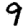
Digit: 9